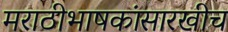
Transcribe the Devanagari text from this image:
मराठीभाषकांसारखीच